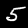
Label: 5